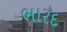
ભારદ